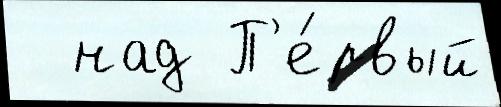
  над П'е́рвый